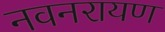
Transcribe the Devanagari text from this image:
नवनरायण